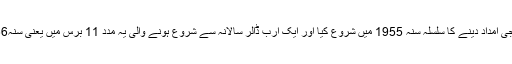
امریکہ نے پہلی بار پاکستان کو فوجی امداد دینے کا سلسلہ سنہ 1955 میں شروع کیا اور ایک ارب ڈالر سالانہ سے شروع ہونے والی یہ مدد 11 برس میں یعنی سنہ1966 میں مکمل طور پر ختم ہوگیا۔